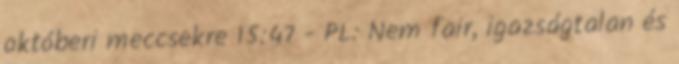
októberi meccsekre 15:47 - PL: Nem fair, igazságtalan és